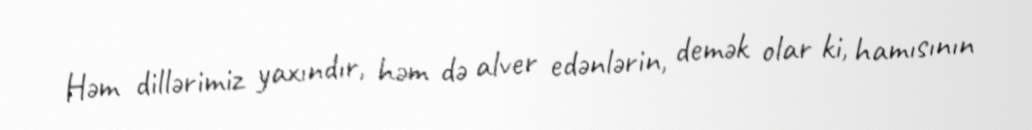
Həm dillərimiz yaxındır, həm də alver edənlərin, demək olar ki, hamısının